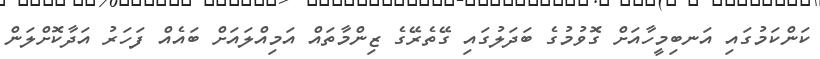
ކަންކަމުގައި އަނބިމީހާއަށް ގޮވުމުގެ ބަދަލުގައި ގޭތެރޭގެ ޒިންމާތައް އަމިއްލައަށް ބައެއް ފަހަރު އަދާކޮށްލަން